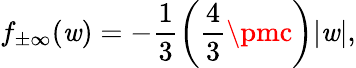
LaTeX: f_{\pm\infty}(\mathit{w})=-\frac{{1}}{{3}}\left(\frac{{4}}{{3}}\pmc\right)|\mathit{w}|,